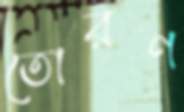
তোরণ